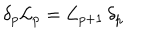
\delta _ { p } { \cal L } _ { p } = { \cal L } _ { p + 1 } \, \delta _ { p }